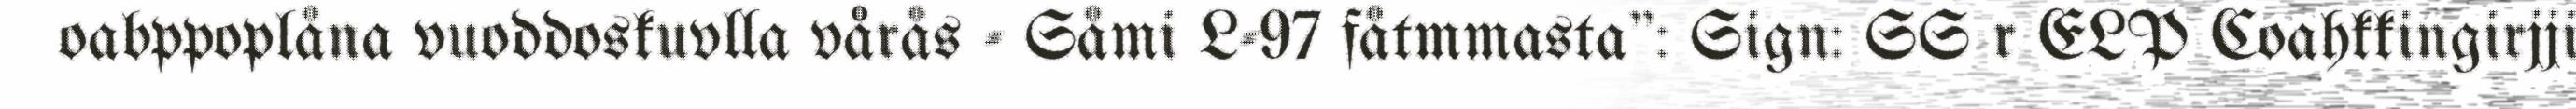
oabppoplåna vuoddoskuvlla vårås - Såmi L-97 fåtmmasta": Sign: SS r ELP Coahkkingirjji